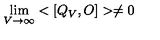
\lim _ { V \rightarrow \infty } < [ Q _ { V } , O ] > \ne 0